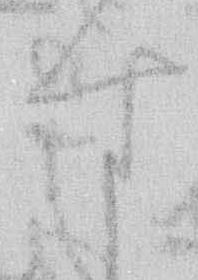
す